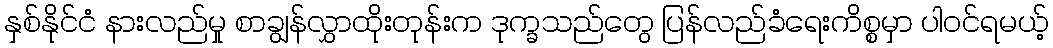
နှစ်နိုင်ငံ နားလည်မှု စာချွန်လွှာထိုးတုန်းက ဒုက္ခသည်တွေ ပြန်လည်ခံရေးကိစ္စမှာ ပါဝင်ရမယ့်